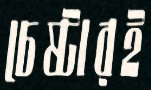
চেষ্টারই